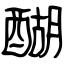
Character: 醐